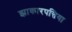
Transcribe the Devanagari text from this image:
झाकारपत्तिया